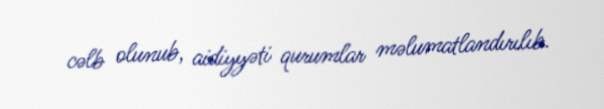
cəlb olunub, aidiyyəti qurumlar məlumatlandırılıb.